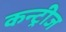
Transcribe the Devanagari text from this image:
कन्ट्रीज